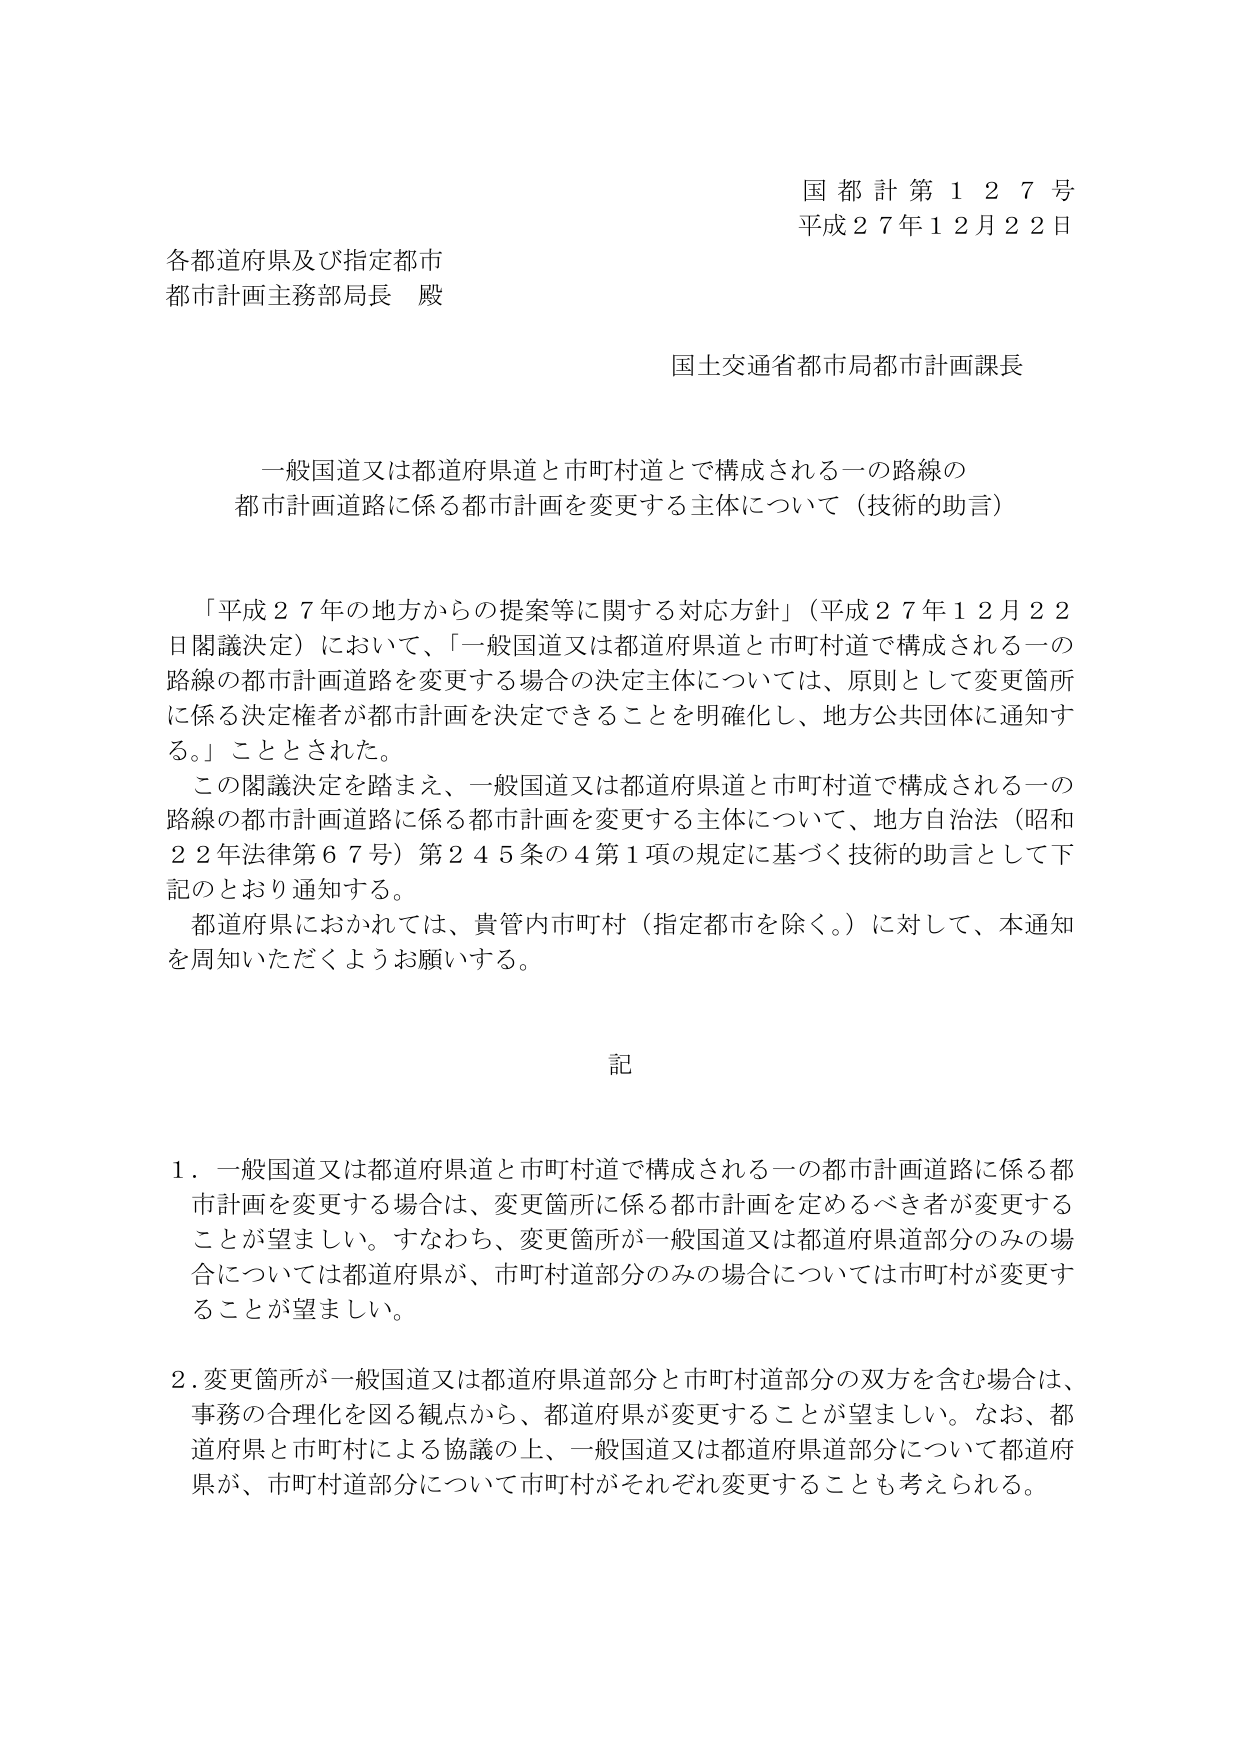
国都計第１２７号
平成２７年１２月２２日

各都道府県及び指定都市
都市計画主務部局長 殿

国土交通省都市局都市計画課長

一般国道又は都道府県道と市町村道とで構成される一の路線の
都市計画道路に係る都市計画を変更する主体について（技術的助言）

「平成２７年の地方からの提案等に関する対応方針」（平成２７年１２月２２日閣議決定）において、「一般国道又は都道府県道と市町村道で構成される一の路線の都市計画道路を変更する場合の決定主体については、原則として変更箇所に係る決定権者が都市計画を決定できることを明確化し、地方公共団体に通知する。」こととされた。
この閣議決定を踏まえ、一般国道又は都道府県道と市町村道で構成される一の路線の都市計画道路に係る都市計画を変更する主体について、地方自治法（昭和２２年法律第６７号）第２４５条の４第１項の規定に基づく技術的助言として下記のとおり通知する。
都道府県におかれては、貴管内市町村（指定都市を除く。）に対して、本通知を周知いただくようお願いする。

記

１．一般国道又は都道府県道と市町村道で構成される一の都市計画道路に係る都市計画を変更する場合は、変更箇所に係る都市計画を定めるべき者が変更することが望ましい。すなわち、変更箇所が一般国道又は都道府県道部分のみの場合については都道府県が、市町村道部分のみの場合については市町村が変更することが望ましい。

２．変更箇所が一般国道又は都道府県道部分と市町村道部分の双方を含む場合は、事務の合理化を図る観点から、都道府県が変更することが望ましい。なお、都道府県と市町村による協議の上、一般国道又は都道府県道部分について都道府県が、市町村道部分について市町村がそれぞれ変更することも考えられる。